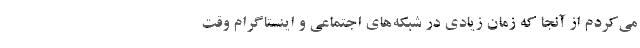
می‌کردم از آنجا که زمان زیادی در شبکه‌های اجتماعی و اینستاگرام وقت